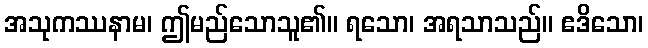
အသုကဿနာမ၊ ဤမည်သောသူ၏။ ရသော၊ အရသာသည်။ ဧဒိသော၊